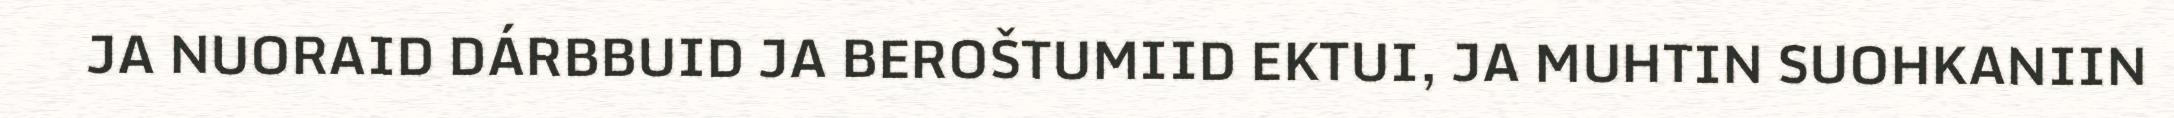
JA NUORAID DÁRBBUID JA BEROŠTUMIID EKTUI, JA MUHTIN SUOHKANIIN